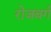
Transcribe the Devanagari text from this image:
रोजबर्ग